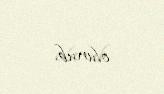
olunub.